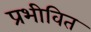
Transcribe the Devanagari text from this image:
प्रभीवित